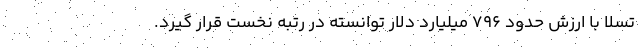
تسلا با ارزش حدود ۷۹۶ میلیارد دلار توانسته در رتبه نخست قرار گیرد.